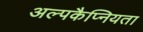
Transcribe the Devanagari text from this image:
अल्पकैप्नियता